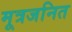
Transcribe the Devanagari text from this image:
मूत्रजनित